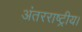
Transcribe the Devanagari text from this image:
अंतरराष्ट्रीय।